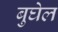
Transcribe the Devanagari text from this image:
बुघेल